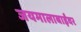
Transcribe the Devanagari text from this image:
जयमालाबाईंवर